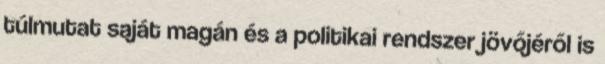
túlmutat saját magán és a politikai rendszer jövőjéről is